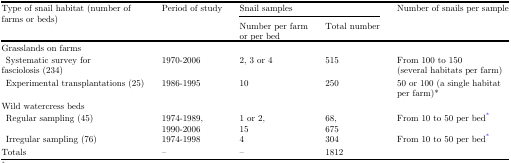
<table><thead><tr><td><b>Type of snail habitat (number of farms or beds)</b></td><td><b>Period of study</b></td><td colspan="2"><b>Snail samples</b></td><td><b>Number of snails per sample</b></td></tr><tr><td>[EMPTY_CELL]</td><td>[EMPTY_CELL]</td><td><b>Number per farm or per bed</b></td><td><b>Total number</b></td><td>[EMPTY_CELL]</td></tr></thead><tbody><tr><td>Grasslands on farms</td><td>[EMPTY_CELL]</td><td>[EMPTY_CELL]</td><td>[EMPTY_CELL]</td><td>[EMPTY_CELL]</td></tr><tr><td>Systematic survey forfasciolosis (234)</td><td>1970-2006</td><td>2, 3 or 4</td><td>515</td><td>From 100 to 150 (several habitats per farm)</td></tr><tr><td>Experimental transplantations (25)</td><td>1986-1995</td><td>10</td><td>250</td><td>50 or 100 (a single habitat per farm)*</td></tr><tr><td>Wild watercress beds</td><td>[EMPTY_CELL]</td><td>[EMPTY_CELL]</td><td>[EMPTY_CELL]</td><td>[EMPTY_CELL]</td></tr><tr><td>Regular sampling (45)</td><td>1974-1989,1990-2006</td><td>1 or 2,15</td><td>68,675</td><td>From 10 to 50 per bed*</td></tr><tr><td>Irregular sampling (76)</td><td>1974-1998</td><td>4</td><td>304</td><td>From 10 to 50 per bed*</td></tr><tr><td>Totals</td><td>–</td><td>–</td><td>1812</td><td>[EMPTY_CELL]</td></tr></tbody></table>